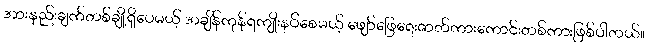
အားနည်းချက်တစ်ချို့ရှိပေမယ့် အချိန်ကုန်ရကျိုးနပ်စေမယ့် ဖျော်ဖြေရေးဇာတ်ကားကောင်းတစ်ကားဖြစ်ပါတယ်။